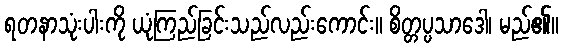
ရတနာသုံးပါးကို ယုံကြည်ခြင်းသည်လည်းကောင်း။ စိတ္တပ္ပသာဒေါ၊ မည်၏။